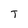
Character: T